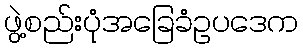
ဖွဲ့စည်းပုံအခြေခံဥပဒေက